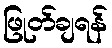
ဖြုတ်ချရန်